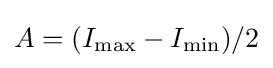
A=(I_{\max }-I_{\min })/2